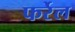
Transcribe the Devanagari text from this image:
फर्रेल